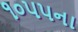
૧૦૫૫ના